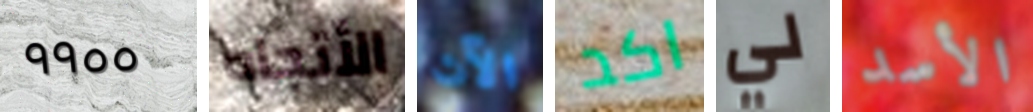
٩٩٥٥ الأتجاه الآن اكد لي الأسد